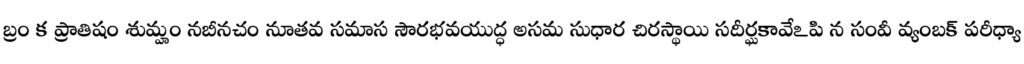
బ్రం క ప్రాతిషం శుమ్హం నబీనచం నూతవ సమాస సౌరభవయుద్ధ అసమ సుధార చిరస్థాయి సదీర్ఘకావేఽపి న సంవీ వ్యంబక్ పరీధ్యా